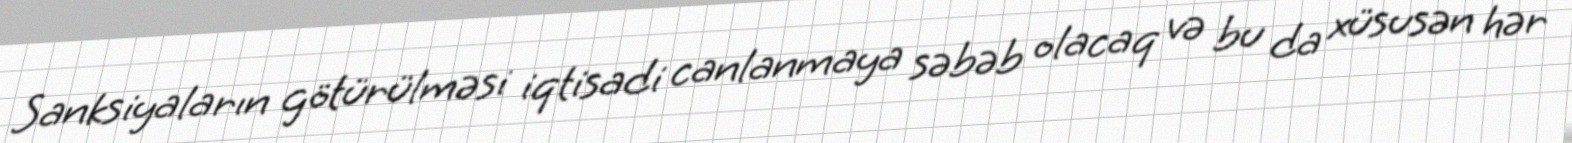
Sanksiyaların götürülməsi iqtisadi canlanmaya səbəb olacaq və bu da xüsusən hər